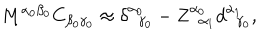
LaTeX: M ^ { \alpha _ { 0 } \beta _ { 0 } } C _ { \beta _ { 0 } \gamma _ { 0 } } \approx \delta _ { \; \; \gamma _ { 0 } } ^ { \alpha _ { 0 } } - Z _ { \; \; \alpha _ { 1 } } ^ { \alpha _ { 0 } } d _ { \; \; \gamma _ { 0 } } ^ { \alpha _ { 1 } } ,